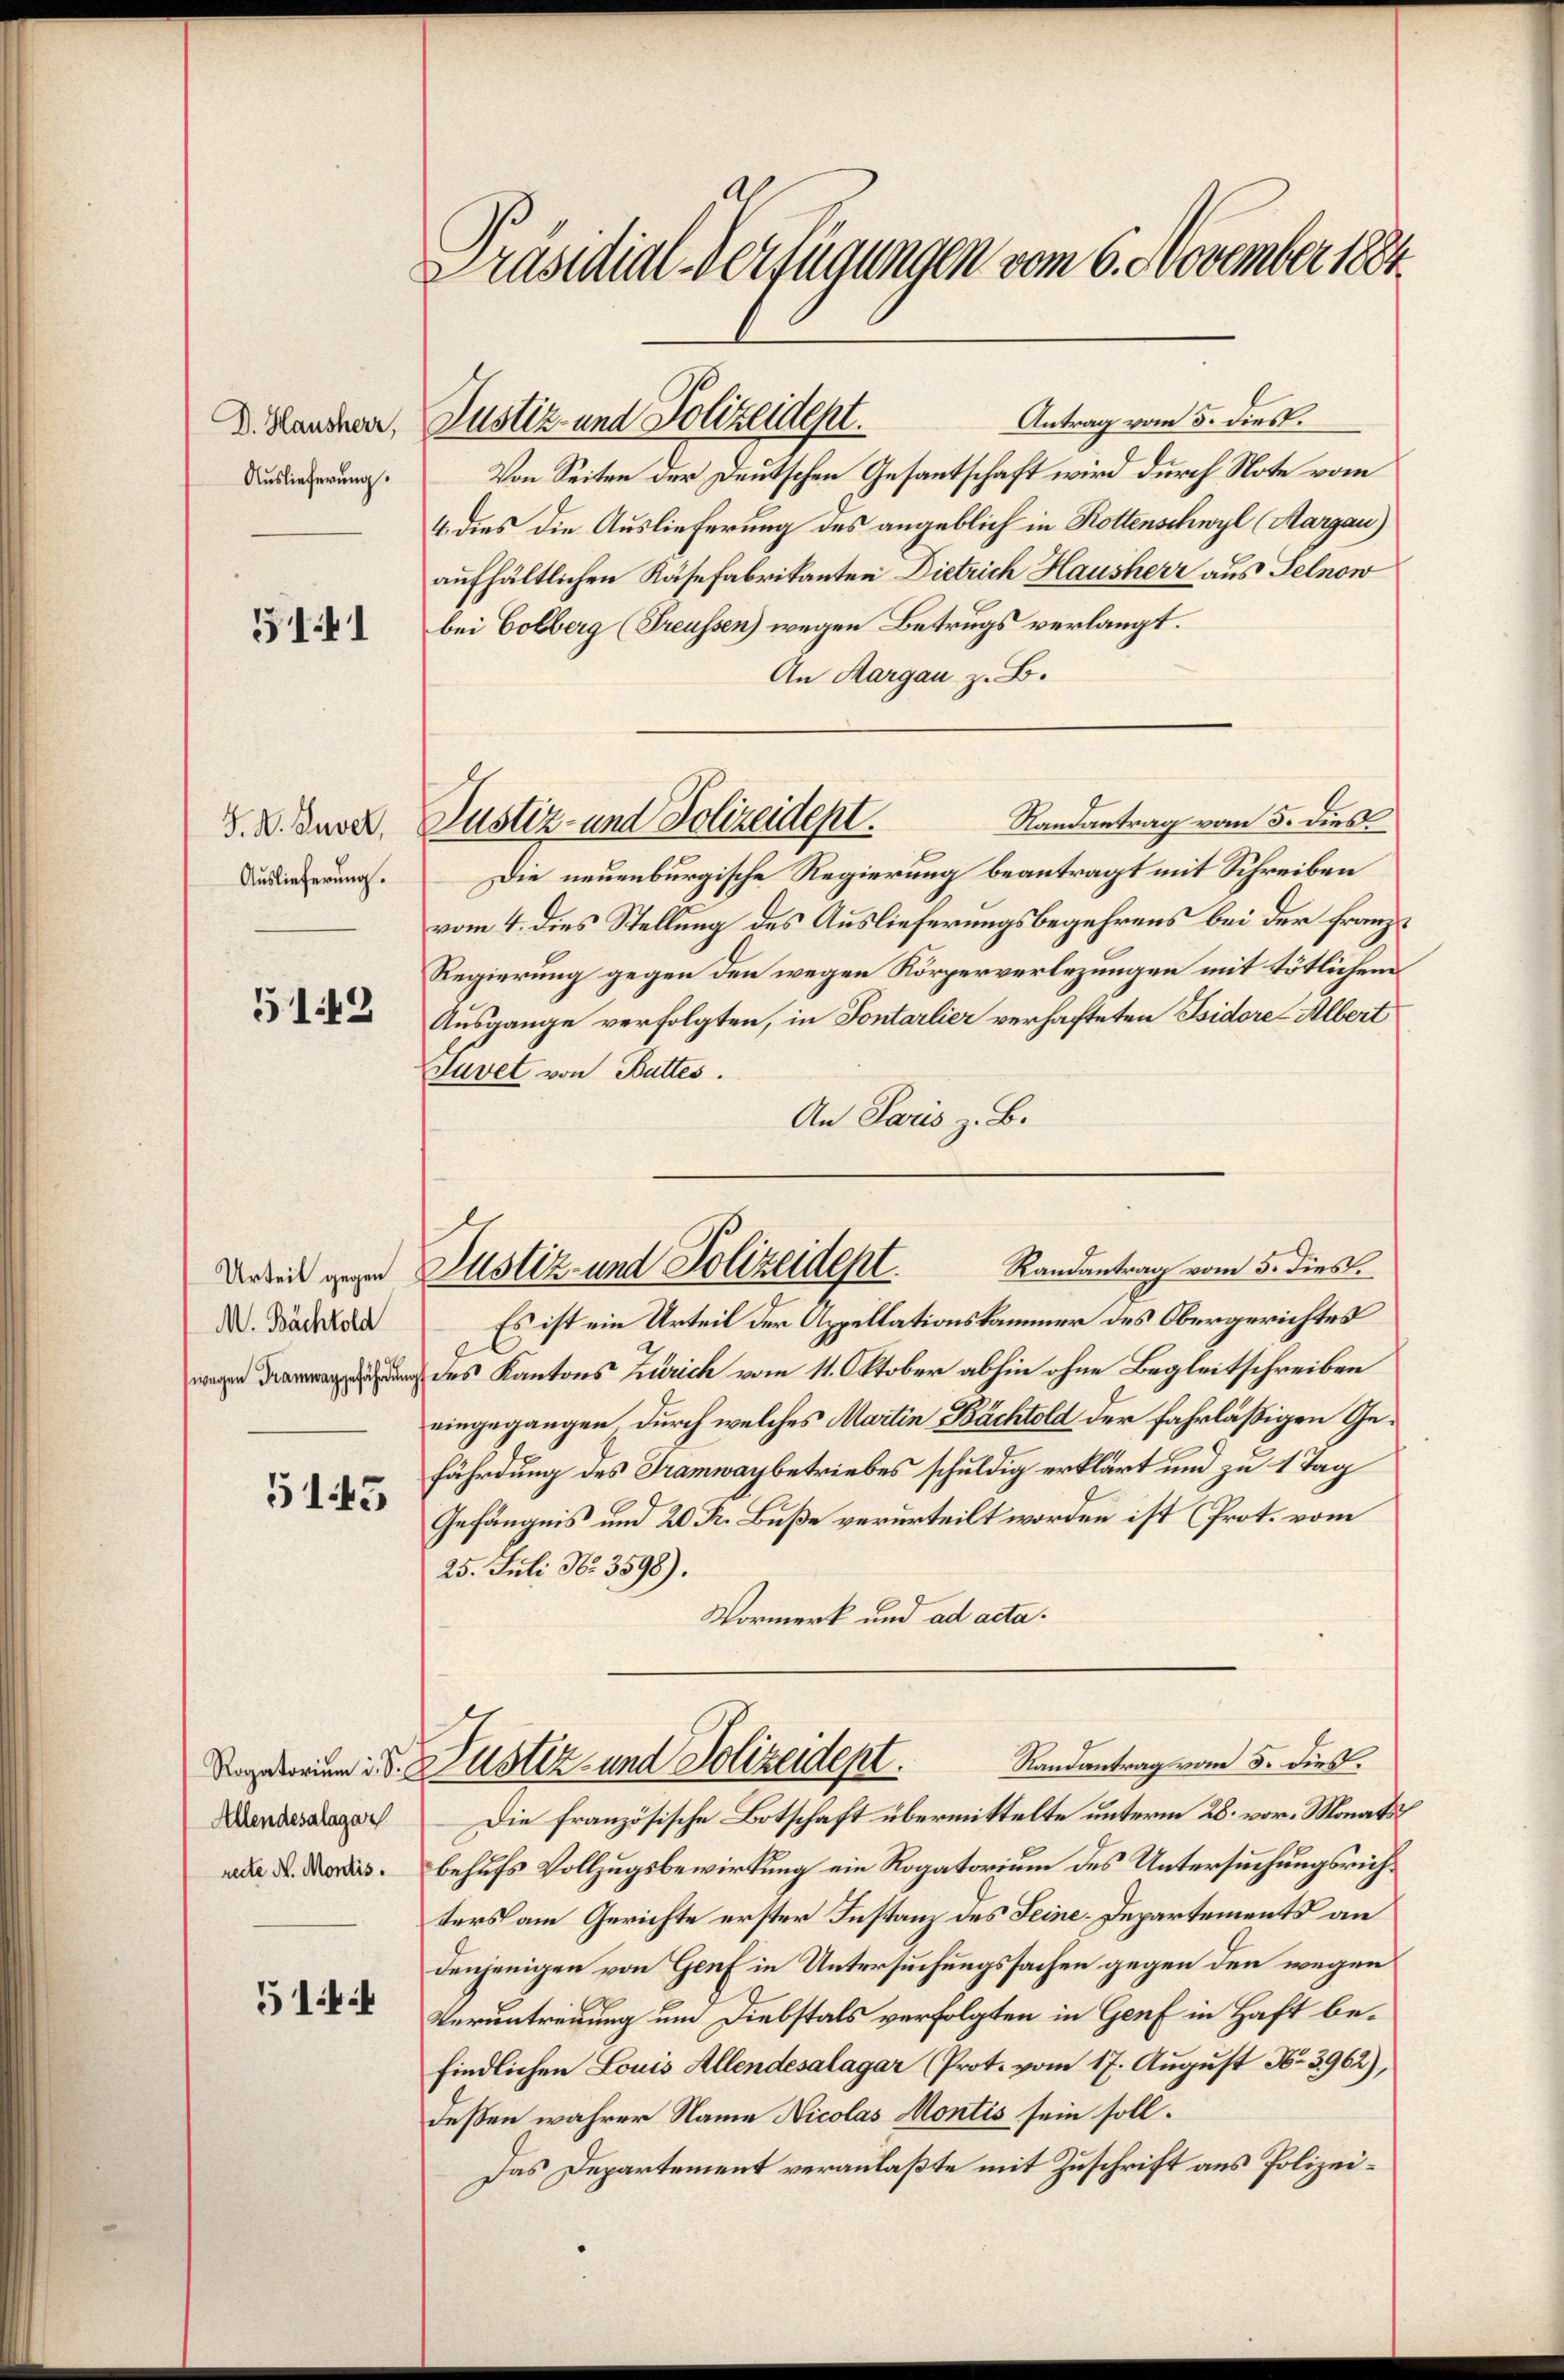
D. Hausherr,
Auslieferung.

5141

J. A. Zuver
Auslieferung.

5142

M. Bächtold
(wegen Tramwaggefährdung

5145

Rogatorium u. S.
Allendesalagar
recte H. Montis.

5144

Präsidial-Verfügungen vom 6. November 1884

Antrag vom 5. dies.
Von Seiten der Deutschen Gesantschaft wird durch Note vom
4. dies die Auslieferung des angeblich in Rottenschwyl (Aargau)
aufhältlichen Räsefabrikanten Dietrich Hausherr aus Selnow
bei Colberg (Treussen) wegen Betrugs verlangt.
An Margau z. B.
Randantrag vom 5. dies
Die neuenburgische Regierung beantragt mit Schreiben
vom 4. dies Stellung des Auslieferungsbegehrens bei der franz¬
Regierung gegen den wegen Körperverlegungen mit tötlichem
Ausgange verfolgten, in Fontarlier verhafteten Isidore-Albert
Juvet von Buttes.
An Paris z. B.
Es ist ein Urteil der Appellationskammer des Obergerichtes
des Kantons Zürich vom 11. Oktober abhin ohne Begleitschreiben
eingegangen durch welches Martin Bächtold der fahrläßigen Gefährdung des Tramwaybetriebes schuldig erklärt und zu 1 Tag
Gefängnis und 20 R. Buße verurteilt worden ist (Prot. vom
25. Juli Nr. 3598).
Vormerk und ad acta.
Randantrag vom 5. dies.
ustiz- und Polizeidept.
Die französische Botschaft übermittelte unterm 28. vor. Monats
behufs Vollzugsbewirkung ein Rogatorium des Untersuchungsrichters am Gerichte erster Instanz des Seine. Departements an
denjenigen von Genf in Untersuchungssachen gegen den wegen
Veruntreuung um Diebstals verfolgten in Genf in Haft befindlichen Louis Allendesalagar (Prot. vom 17. August No 3962),
deßen wahrer Name Nicolas Montis sein soll.
Das Departement veranlaßte mit Zuschrift aus Polizei¬

Justiz- und Polizeidept.

Justiz- und Polizeidept.

Randantrag vom 5. dies
Arbeit gegen Justiz- und Polizeident.